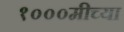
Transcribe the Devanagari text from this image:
१०००मीच्या